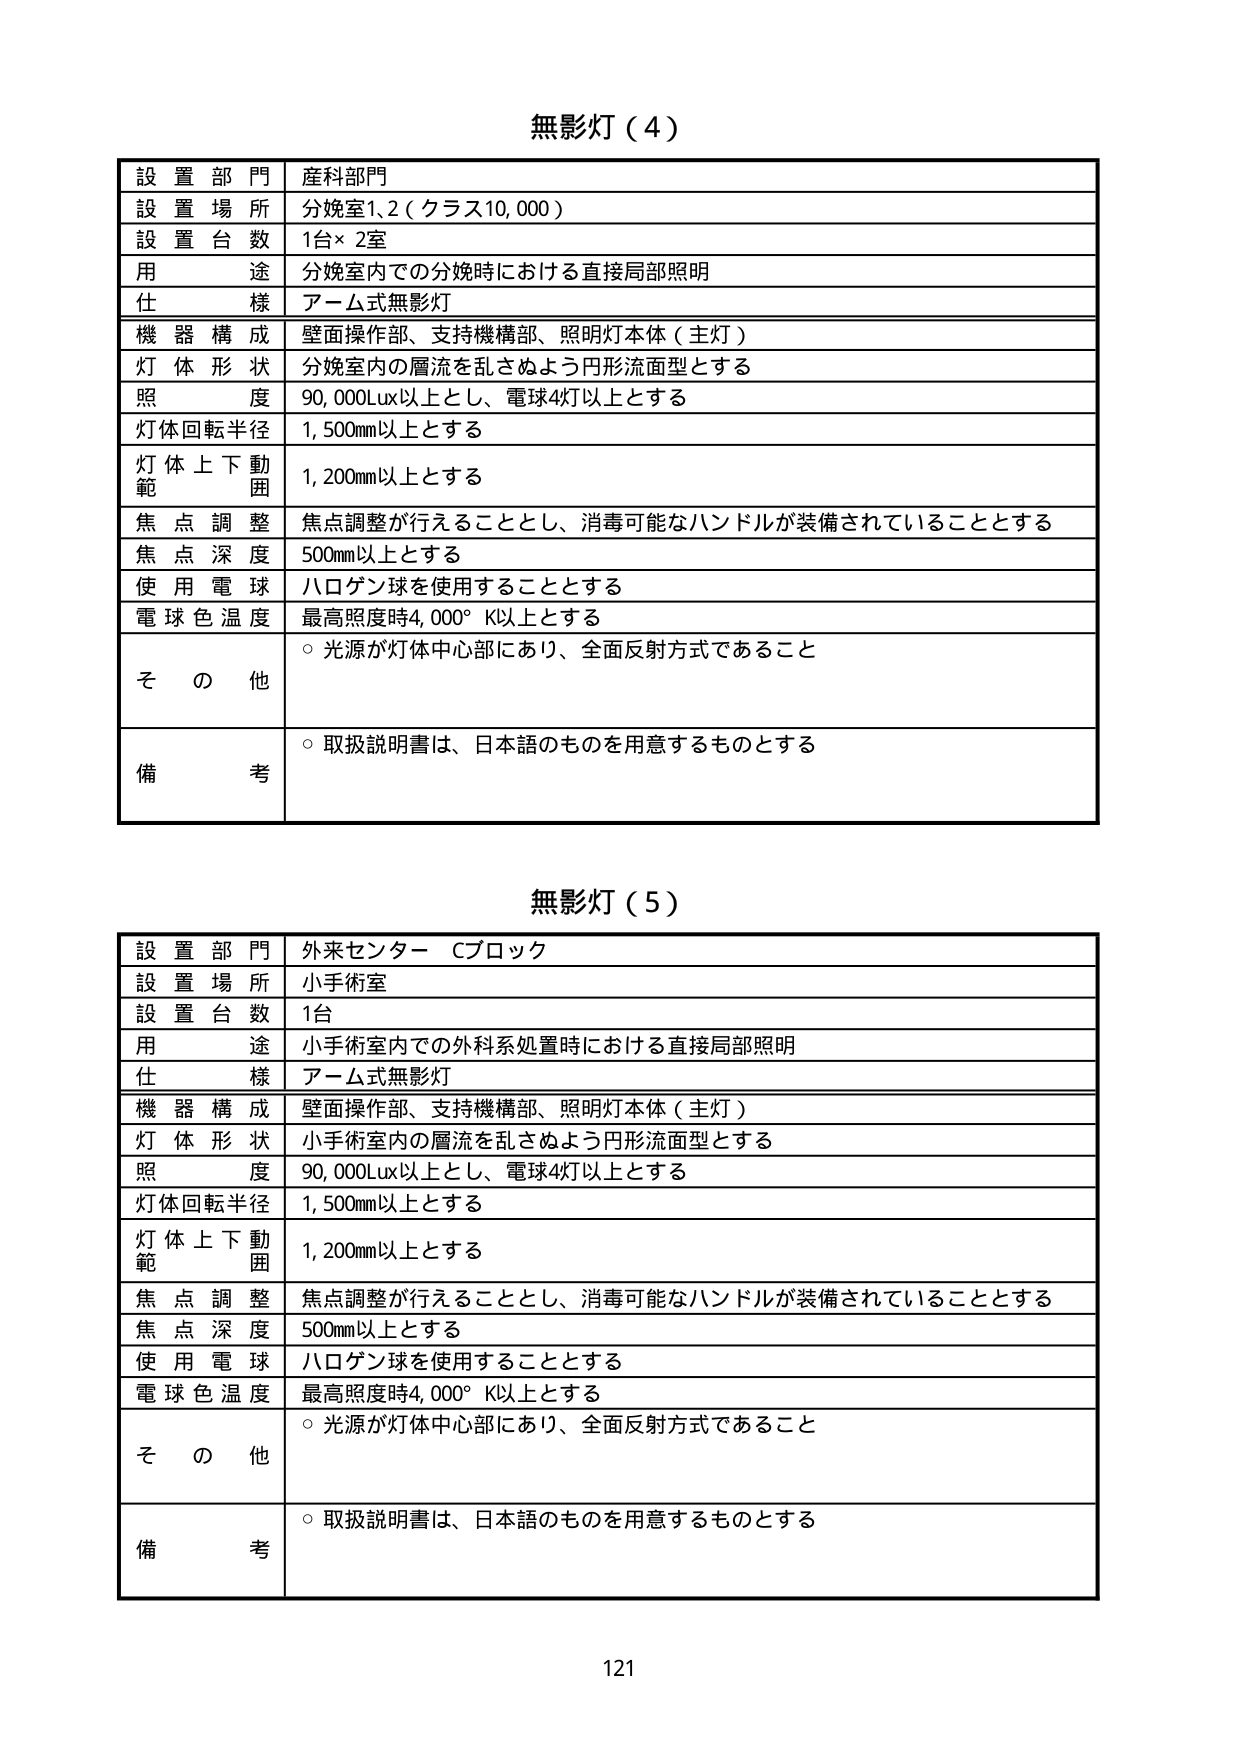
無影灯（4）

設置部門　産科部門
設置場所　分娩室1、2（クラス10,000）
設置台数　1台×2室
用途　分娩室内での分娩時における直接局部照明
仕様　アーム式無影灯
機器構成　壁面操作部、支持機構部、照明灯本体（主灯）
灯体形状　分娩室内の層流を乱さぬよう円形流面型とする
照度　90,000Lux以上とし、電球4灯以上とする
灯体回転半径　1,500mm以上とする
灯体上下動範囲　1,200mm以上とする
焦点調整　焦点調整が行えることとし、消毒可能なハンドルが装備されていることとする
焦点深度　500mm以上とする
使用電球　ハロゲン球を使用することとする
電球色温度　最高照度時4,000°K以上とする
その他　○光源が灯体中心部にあり、全面反射方式であること
備考　○取扱説明書は、日本語のものを用意するものとする

無影灯（5）

設置部門　外来センター Cブロック
設置場所　小手術室
設置台数　1台
用途　小手術室内での外科系処置時における直接局部照明
仕様　アーム式無影灯
機器構成　壁面操作部、支持機構部、照明灯本体（主灯）
灯体形状　小手術室内の層流を乱さぬよう円形流面型とする
照度　90,000Lux以上とし、電球4灯以上とする
灯体回転半径　1,500mm以上とする
灯体上下動範囲　1,200mm以上とする
焦点調整　焦点調整が行えることとし、消毒可能なハンドルが装備されていることとする
焦点深度　500mm以上とする
使用電球　ハロゲン球を使用することとする
電球色温度　最高照度時4,000°K以上とする
その他　○光源が灯体中心部にあり、全面反射方式であること
備考　○取扱説明書は、日本語のものを用意するものとする

121